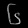
Digit: ၆